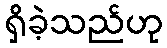
ရှိခဲ့သည်ဟု